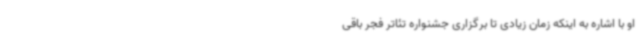
او با اشاره به اینکه زمان زیادی تا برگزاری جشنواره تئاتر فجر باقی